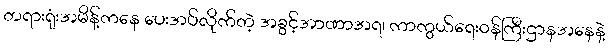
တရားရုံးအမိန့်ကနေ ပေးအပ်လိုက်တဲ့ အခွင့်အာဏာအရ၊ ကာကွယ်ရေးဝန်ကြီးဌာနအနေနဲ့